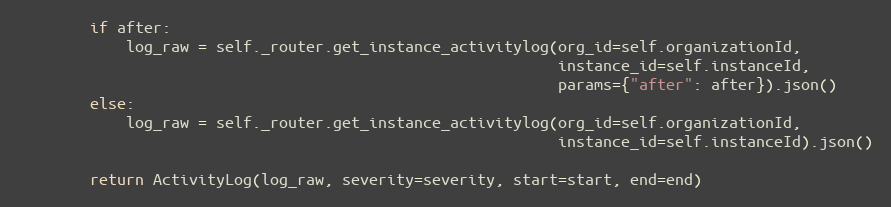
Language: Python
        if after:
            log_raw = self._router.get_instance_activitylog(org_id=self.organizationId,
                                                            instance_id=self.instanceId,
                                                            params={"after": after}).json()
        else:
            log_raw = self._router.get_instance_activitylog(org_id=self.organizationId,
                                                            instance_id=self.instanceId).json()

        return ActivityLog(log_raw, severity=severity, start=start, end=end)